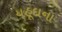
યહૂદાના